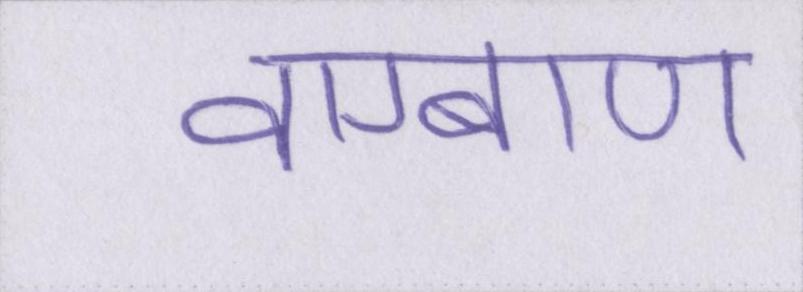
वाग्बाण